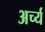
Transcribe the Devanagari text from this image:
अर्च्य